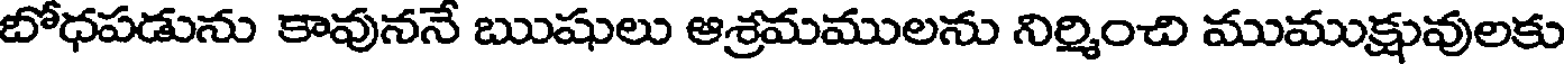
బోధపడును కావుననే ఋషులు ఆశ్రమములను నిర్మించి ముముక్షువులకు